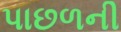
પાછળની